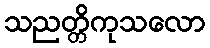
သညတ္တိကုသလော